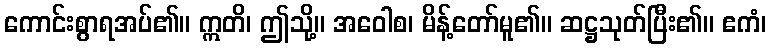
ကောင်းစွာရအပ်၏။ ဣတိ၊ ဤသို့။ အဝေါစ၊ မိန့်တော်မူ၏။ ဆဋ္ဌသုတ်ပြီး၏။ ဧကံ၊